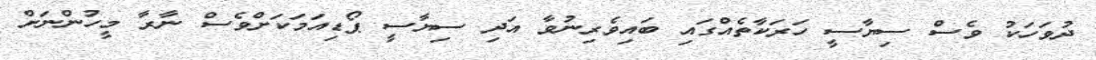
ދުވަހަކު ވެސް ސިޔާސީ ހަރަކާތެއްގައި ބައިވެރިނުވާ އަދި ސިޔާސީ ޕޯޑިއަމަކަށްވެސް ނާރާ މީހުންނަށް